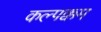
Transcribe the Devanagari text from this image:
कल्पक्कम